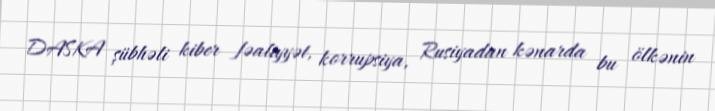
DASKA şübhəli kiber fəaliyyət, korrupsiya, Rusiyadan kənarda bu ölkənin